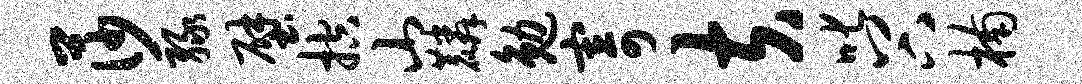
莎绿壁控山麟勉寄夫叱谷楠